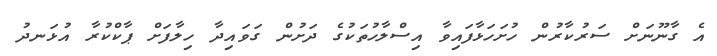
އެ ގާނޫނަށް ސަރުކާރުން ހުށަހަޅާފައިވާ އިސްލާހުތަކުގެ ދަށުން ގަވައިދާ ހިލާފަށް ޕާކްކުރާ އުޅަނދު